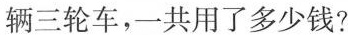
辆三轮车，一共用了多少钱?